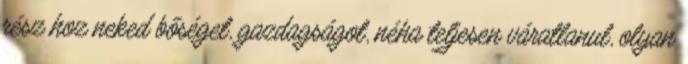
rész hoz neked bőséget, gazdagságot, néha teljesen váratlanul, olyan